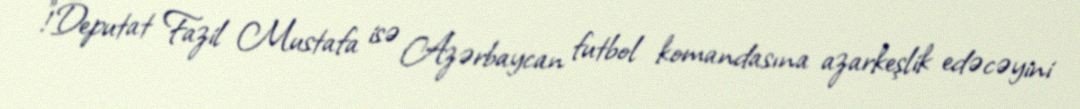
!”Deputat Fazil Mustafa isə Azərbaycan futbol komandasına azarkeşlik edəcəyini